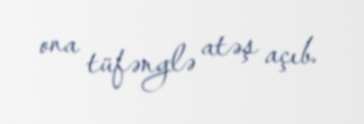
ona tüfənglə atəş açıb.